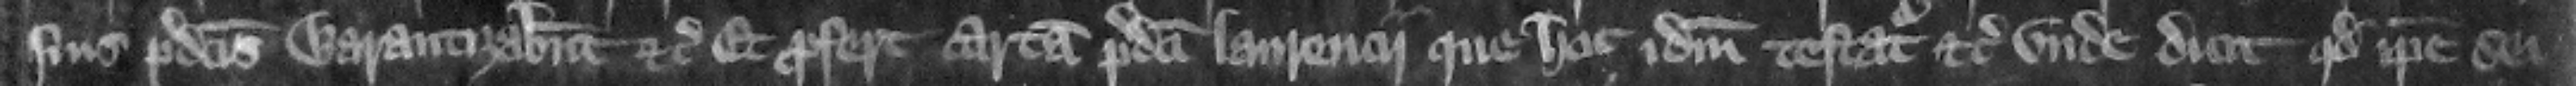
suis predictis warantizabunt etc. Et profert cartam predicti Laurencii que hoc idem testatur etc. Vnde dicit quod ipse sei